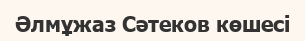
Әлмұжаз Сәтеков көшесі